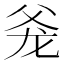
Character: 𰠋